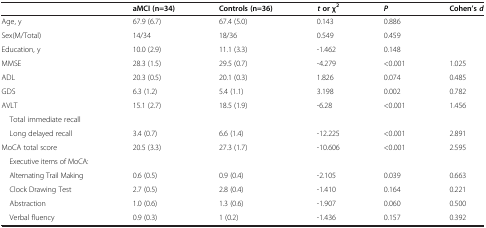
<table><thead><tr><td><b> </b></td><td><b>aMCI (n=34)</b></td><td><b>Controls (n=36)</b></td><td><b><i>t </i>or χ<sup>2</sup></b></td><td><b><i>P</i></b></td><td><b>Cohen’s <i>d</i></b></td></tr></thead><tbody><tr><td>Age, y</td><td>67.9 (6.7)</td><td>67.4 (5.0)</td><td>0.143</td><td>0.886</td><td> </td></tr><tr><td>Sex(M/Total)</td><td>14/34</td><td>18/36</td><td>0.549</td><td>0.459</td><td> </td></tr><tr><td>Education, y</td><td>10.0 (2.9)</td><td>11.1 (3.3)</td><td>-1.462</td><td>0.148</td><td> </td></tr><tr><td>MMSE</td><td>28.3 (1.5)</td><td>29.5 (0.7)</td><td>-4.279</td><td>&lt;0.001</td><td>1.025</td></tr><tr><td>ADL</td><td>20.3 (0.5)</td><td>20.1 (0.3)</td><td>1.826</td><td>0.074</td><td>0.485</td></tr><tr><td>GDS</td><td>6.3 (1.2)</td><td>5.4 (1.1)</td><td>3.198</td><td>0.002</td><td>0.782</td></tr><tr><td>AVLT</td><td rowspan="2">15.1 (2.7)</td><td rowspan="2">18.5 (1.9)</td><td rowspan="2">-6.28</td><td rowspan="2">&lt;0.001</td><td rowspan="2">1.456</td></tr><tr><td> Total immediate recall</td></tr><tr><td> Long delayed recall</td><td>3.4 (0.7)</td><td>6.6 (1.4)</td><td>-12.225</td><td>&lt;0.001</td><td>2.891</td></tr><tr><td>MoCA total score</td><td>20.5 (3.3)</td><td>27.3 (1.7)</td><td>-10.606</td><td>&lt;0.001</td><td>2.595</td></tr><tr><td> Executive items of MoCA:</td><td> </td><td> </td><td> </td><td> </td><td> </td></tr><tr><td> Alternating Trail Making</td><td>0.6 (0.5)</td><td>0.9 (0.4)</td><td>-2.105</td><td>0.039</td><td>0.663</td></tr><tr><td> Clock Drawing Test</td><td>2.7 (0.5)</td><td>2.8 (0.4)</td><td>-1.410</td><td>0.164</td><td>0.221</td></tr><tr><td> Abstraction</td><td>1.0 (0.6)</td><td>1.3 (0.6)</td><td>-1.907</td><td>0.060</td><td>0.500</td></tr><tr><td> Verbal fluency</td><td>0.9 (0.3)</td><td>1 (0.2)</td><td>-1.436</td><td>0.157</td><td>0.392</td></tr></tbody></table>